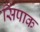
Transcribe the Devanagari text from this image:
सिंपाक